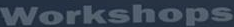
Workshops